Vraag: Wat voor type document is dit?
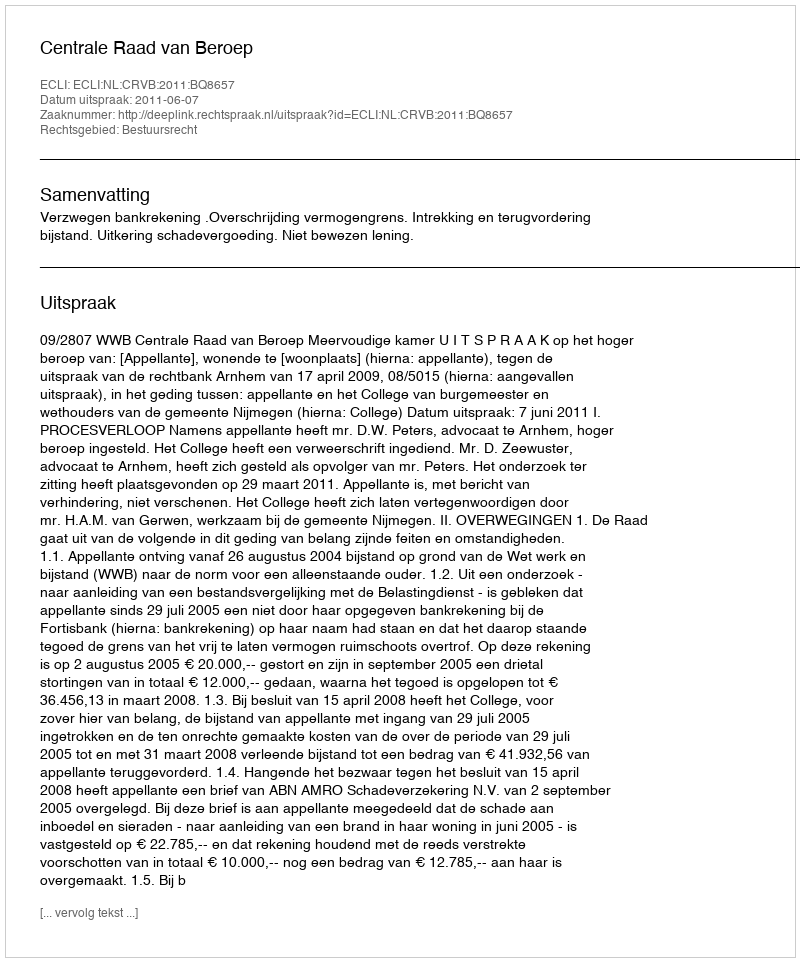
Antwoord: Uitspraak